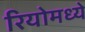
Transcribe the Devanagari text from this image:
रियोमध्ये